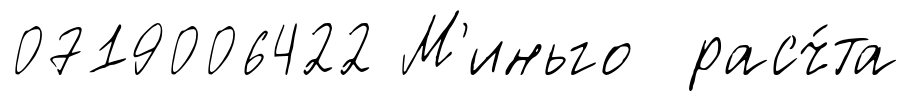
0719006422 М'иньго расч́та